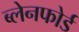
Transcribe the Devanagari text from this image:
ब्लेनफोर्ड